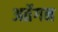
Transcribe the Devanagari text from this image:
अर्तेगन